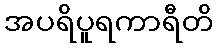
အပရိပူရကာရီတိ